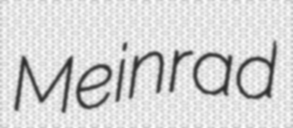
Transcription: Meinrad